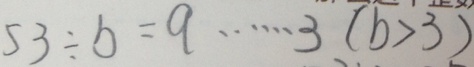
5 3 \div b = q \cdots 3 ( b > 3 )